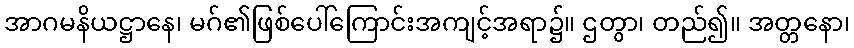
အာဂမနိယဋ္ဌာနေ၊ မဂ်၏ဖြစ်ပေါ်ကြောင်းအကျင့်အရာ၌။ ဌတွာ၊ တည်၍။ အတ္တနော၊